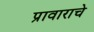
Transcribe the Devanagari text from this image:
प्रावाराचे